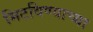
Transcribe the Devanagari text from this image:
मिटविण्याच्या